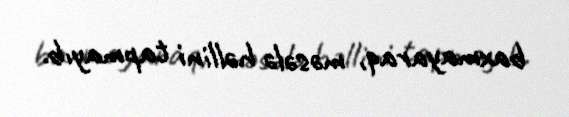
baxmayaraq, məsələ həllini tapmayıb.